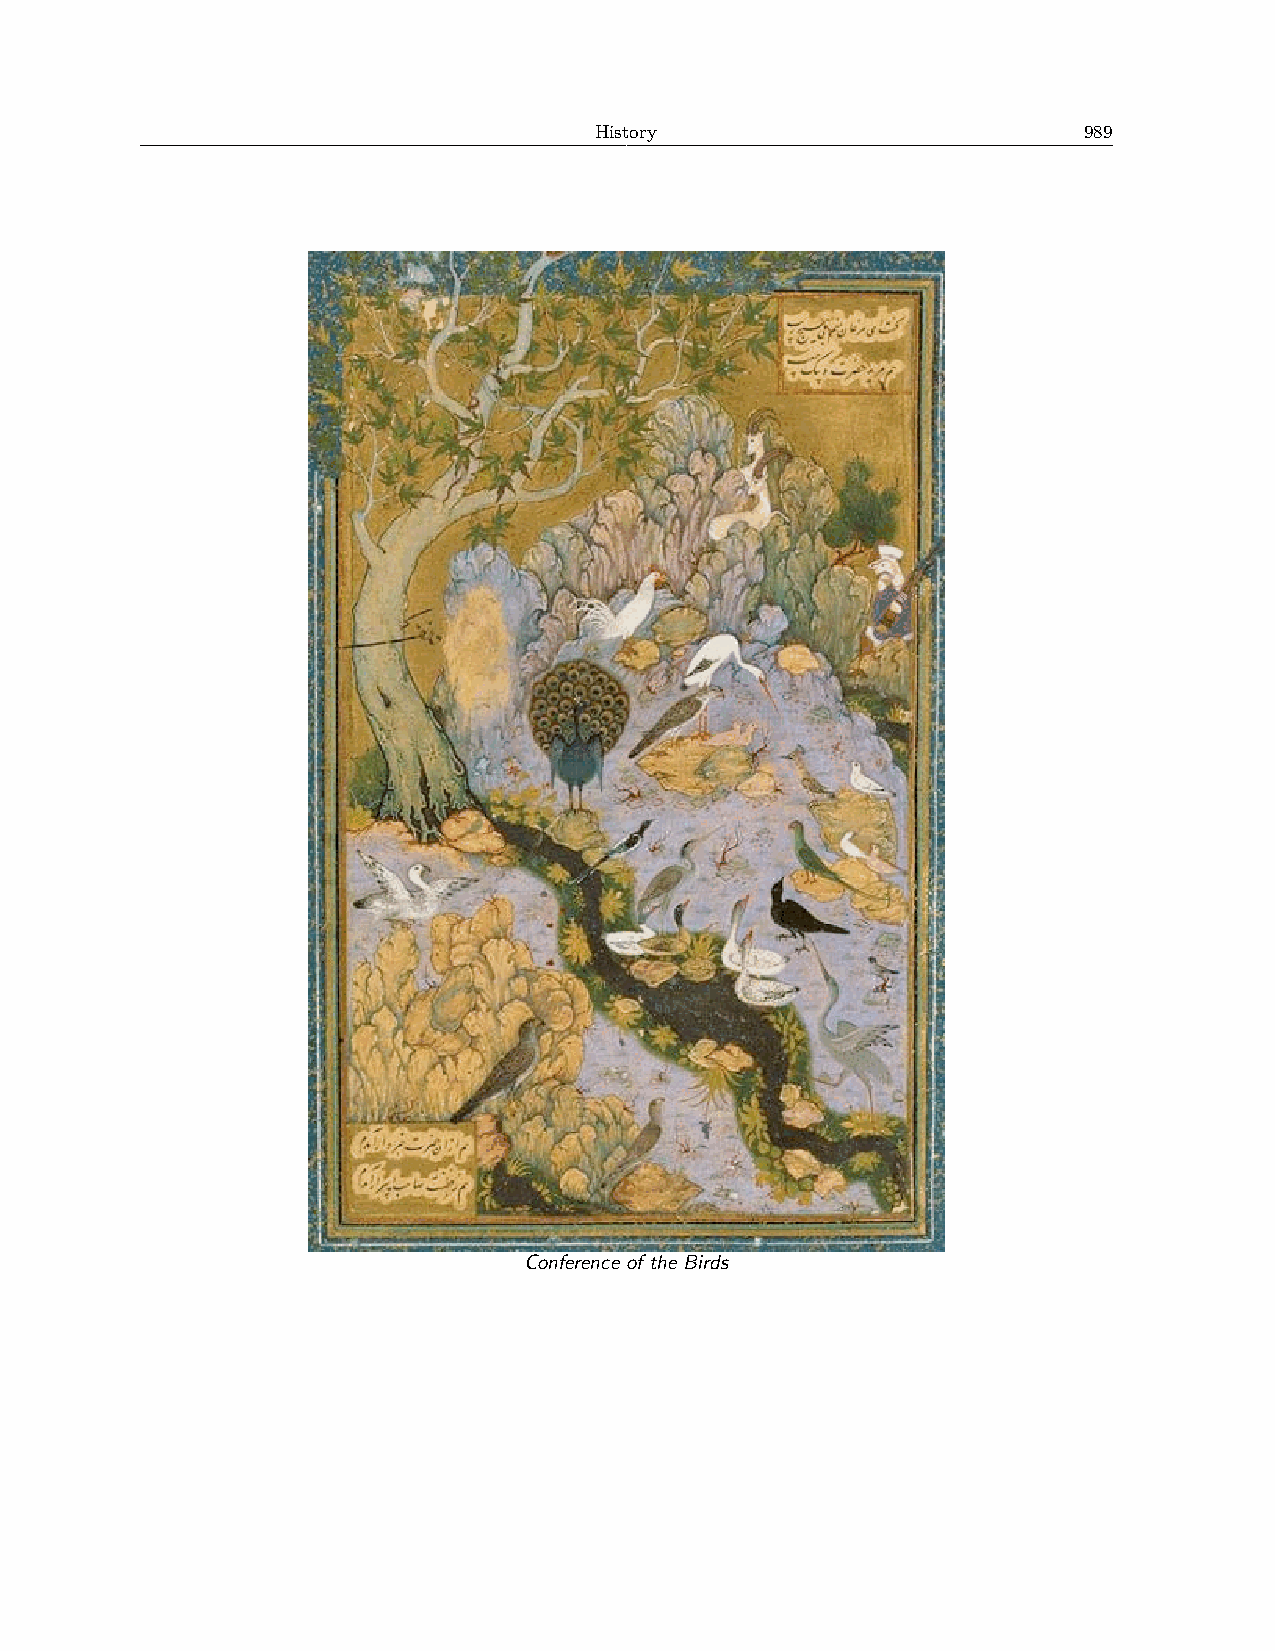
History                          989
 Conference of the Birds